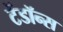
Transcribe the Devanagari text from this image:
टेंडॉन्स